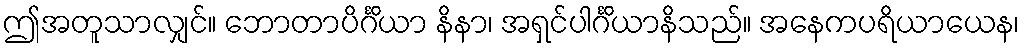
ဤအတူသာလျှင်။ ဘောတာပိင်္ဂိယာ နိနာ၊ အရှင်ပါင်္ဂိယာနိသည်။ အနေကပရိယာယေန၊